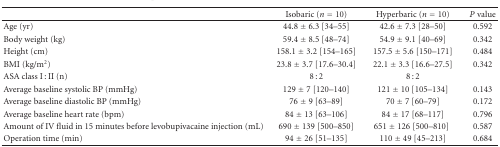
<table><thead><tr><td></td><td><b>Isobaric (<i>n</i> = 10)</b></td><td><b>Hyperbaric (<i>n</i> = 10)</b></td><td><b><i>P</i> value</b></td></tr></thead><tbody><tr><td>Age (yr)</td><td>44.8 ± 6.3 [34–55]</td><td>42.6 ± 7.3 [28–50]</td><td>0.592</td></tr><tr><td>Body weight (kg)</td><td>59.4 ± 8.5 [48–74]</td><td>54.9 ± 9.1 [40–69]</td><td>0.342</td></tr><tr><td>Height (cm)</td><td>158.1 ± 3.2 [154–165]</td><td>157.5 ± 5.6 [150–171]</td><td>0.484</td></tr><tr><td>BMI (kg/m<sup>2</sup>)</td><td>23.8 ± 3.7 [17.6–30.4]</td><td>22.1 ± 3.3 [16.6–27.5]</td><td>0.342</td></tr><tr><td>ASA class I : II (n)</td><td>8 : 2</td><td>8 : 2</td><td></td></tr><tr><td>Average baseline systolic BP (mmHg)</td><td>129 ± 7 [120–140]</td><td>121 ± 10 [105–134]</td><td>0.143</td></tr><tr><td>Average baseline diastolic BP (mmHg)</td><td>76 ± 9 [63–89]</td><td>70 ± 7 [60–79]</td><td>0.172</td></tr><tr><td>Average baseline heart rate (bpm)</td><td>84 ± 13 [63–106]</td><td>84 ± 17 [68–117]</td><td>0.796</td></tr><tr><td>Amount of IV fluid in 15 minutes before levobupivacaine injection (mL)</td><td>690 ± 139 [500–850]</td><td>651 ± 126 [500–810]</td><td>0.587</td></tr><tr><td>Operation time (min)</td><td>94 ± 26 [51–135]</td><td>110 ± 49 [45–213]</td><td>0.684</td></tr></tbody></table>